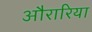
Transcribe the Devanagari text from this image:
औरारिया